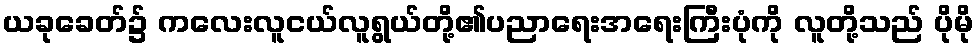
ယခုခေတ်၌ ကလေးလူငယ်လူရွယ်တို့၏ပညာရေးအရေးကြီးပုံကို လူတို့သည် ပိုမို